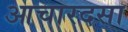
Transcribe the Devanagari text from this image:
आचारदसा